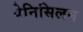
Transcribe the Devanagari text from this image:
पेनिसिलम